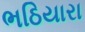
ભઠિયારા